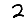
Digit: 2